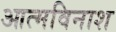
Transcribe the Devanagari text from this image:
आत्मविनाश